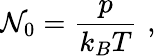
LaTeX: {\cal{N}}_{0}=\frac{p}{k_{B}T}\, \, ,